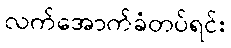
လက်အောက်ခံတပ်ရင်း